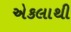
એકલાથી